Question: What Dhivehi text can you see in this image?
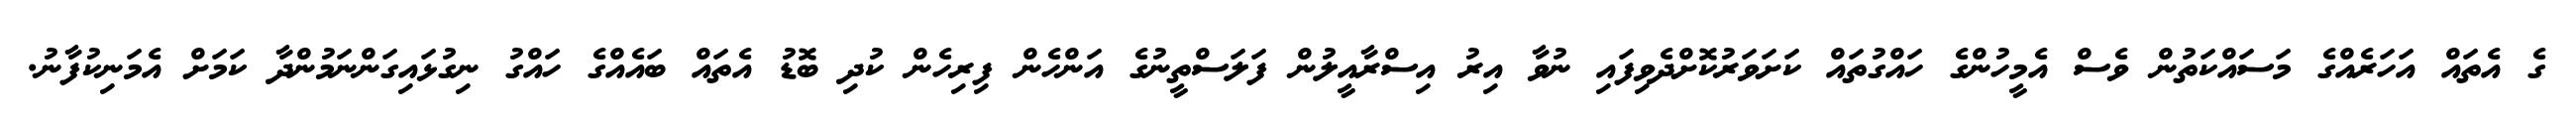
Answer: ގެ އެތައް އަހަރެއްގެ މަސައްކަތުން ވެސް އެމީހުންގެ ހައްގުތައް ކަށަވަރުކޮށްދެވިފައި ނުވާ އިރު އިސްރާއީލުން ފަލަސްތީނުގެ އަންހެން ފިރިހެން ކުދި ބޮޑު އެތައް ބައެއްގެ ހައްގު ނިގުޅައިގަންނަމުންދާ ކަމަށް އެމަނިކުފާނު.